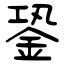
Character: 銎